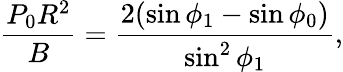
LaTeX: \frac{P_{0}R^{2}}{B}=\frac{2(\sin\phi_{1}-\sin\phi_{0})}{\sin^{2}\phi_{1}},